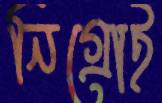
নিগ্রোই